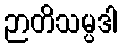
ဉာတိသမ္ပဒါ